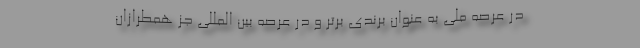
در عرصه ملی به عنوان برندی برتر و در عرصه بین المللی جز همطرازان